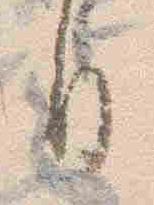
日